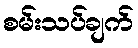
စမ်းသပ်ချက်